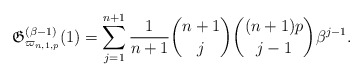
\begin{gather*}\mathfrak{G}_{\varpi_{n,1,p}}^{(\beta-1)}(1)= \sum_{j=1}^{n+1} {1 \over n+1} {n+1 \choose j} {(n+1)p \choose j-1} \beta^{j-1}.\end{gather*}